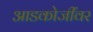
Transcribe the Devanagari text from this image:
आडकोजींवर